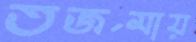
তর্জমায়